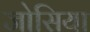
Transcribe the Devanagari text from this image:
जोसिया